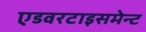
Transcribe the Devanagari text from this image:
एडवरटाइसमेन्ट